Report of the Bombay Plague Committee
Disease focus: Plague
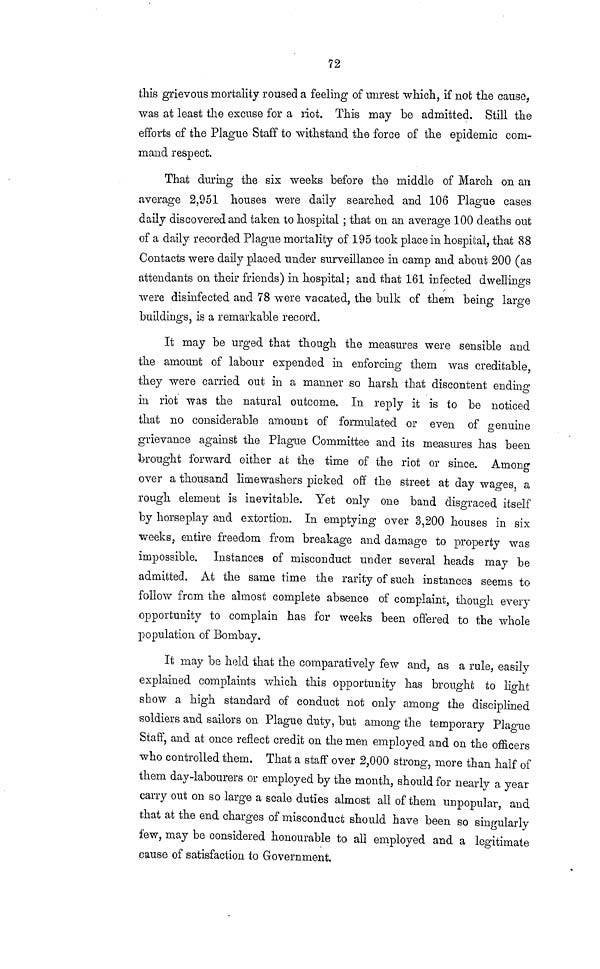
72
this grievous mortality roused a feeling of unrest which, if not the cause,
was at least the excuse for a riot. This may be admitted. Still the
efforts of the Plague Staff to withstand the force of the epidemic com-
mand respect.
That during the six weeks before the middle of March on an
average 2,951 houses were daily searched and 106 Plague cases
daily discovered and taken to hospital ; that on an average 100 deaths out
of a daily recorded Plague mortality of 195 took place in hospital, that 88
Contacts were daily placed under surveillance in camp and about 200 (as
attendants on their friends) in hospital; and that 161 infected dwellings
were disinfected and 78 were vacated, the bulk of them being large
buildings, is a remarkable record.
It may be urged that though the measures were sensible and
the amount of labour expended in enforcing them was creditable,
they were carried out in a manner so harsh that discontent ending
in riot was the natural outcome. In reply it is to be noticed
that no considerable amount of formulated or even of genuine
grievance against the Plague Committee and its measures has been
brought forward either at the time of the riot or since. Among
over a thousand limewashers picked off the street at day wages, a
rough element is inevitable. Yet only one band disgraced itself
by horseplay and extortion. In emptying over 3,200 houses in six
weeks, entire freedom from breakage and damage to property was
impossible. Instances of misconduct under several heads may be
admitted. At the same time the rarity of such instances seems to
follow from the almost complete absence of complaint, though every
opportunity to complain has for weeks been offered to the whole
population of Bombay.
It may be held that the comparatively few and, as a rule, easily
explained complaints which this opportunity has brought to light
show a high standard of conduct not only among the disciplined
soldiers and sailors on Plague duty, but among the temporary Plague
Staff, and at once reflect credit on the men employed and on the officers
who controlled them. That a staff over 2,000 strong, more than half of
them day-labourers or employed by the month, should for nearly a year
carry out on so large a scale duties almost all of them unpopular, and
that at the end charges of misconduct should have been so singularly
few, may be considered honourable to all employed and a legitimate
cause of satisfaction to Government.